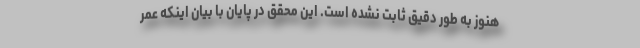
هنوز به طور دقیق ثابت نشده است. این محقق در پایان با بیان اینکه عمر